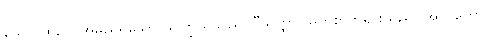
သော၊ ထိုဥဂ္ဂ အမည်ရှိသော သူကြွယ်သည်။ “သတ္ထာ၊ မြတ်စွာဘုရားသည်။ အာဂတော၊